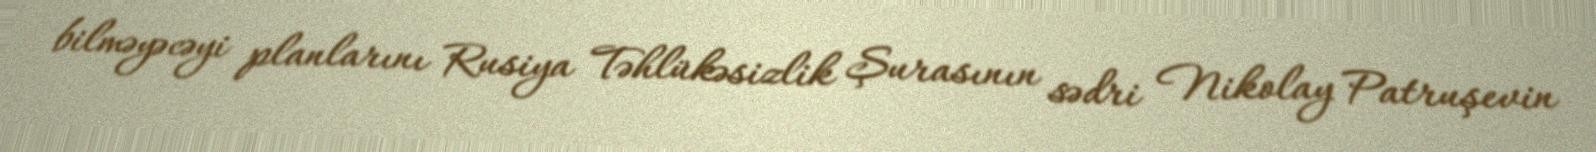
bilməyəcəyi planlarını Rusiya Təhlükəsizlik Şurasının sədri Nikolay Patruşevin